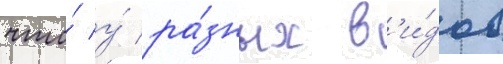
что́ у́ ра́зных в'и́дов